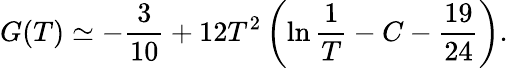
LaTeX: G(T)\simeq-\frac{3}{10}+12T^{2}\left(\ln\frac{1}{T}-C-\frac{19}{24}\right).